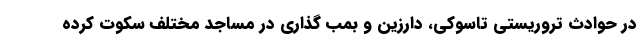
در حوادث تروریستی تاسوکی، دارزین و بمب گذاری در مساجد مختلف سکوت کرده